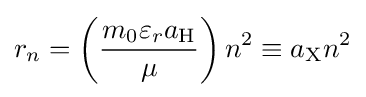
r_{n}=\left({\frac {m_{0}\varepsilon _{r}a_{\text{H}}}{\mu }}\right)n^{2}\equiv a_{\text{X}}n^{2}